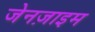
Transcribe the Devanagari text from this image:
जेनज़ाइम